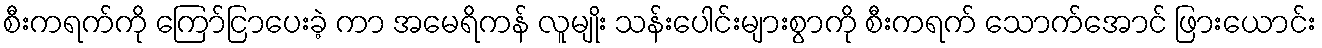
စီးကရက်ကို ကြော်ငြာပေးခဲ့ ကာ အမေရိကန် လူမျိုး သန်းပေါင်းများစွာကို စီးကရက် သောက်အောင် ဖြားယောင်း